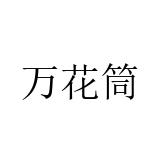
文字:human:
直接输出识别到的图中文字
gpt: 万花筒